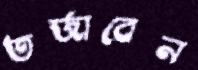
তর্জাবেন